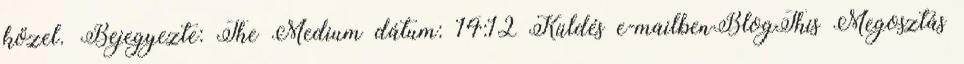
közel. Bejegyezte: The Medium dátum: 14:12 Küldés e-mailbenBlogThis Megosztás